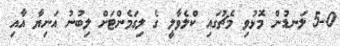
5-0 ލަނޑުން މޮޅުވި މެޗުގައި ކްލެވާލީ ގެ ލިގަމެންޓަށް ލިބުނު އަނިޔާ އާއި